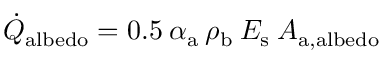
\dot { Q } _ { \mathrm { a l b e d o } } = 0 . 5 \: \alpha _ { \mathrm { a } } \: \rho _ { \mathrm { b } } \: E _ { \mathrm { s } } \: A _ { \mathrm { a , a l b e d o } }